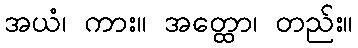
အယံ၊ ကား။ အတ္ထော၊ တည်း။